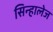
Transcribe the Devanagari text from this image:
सिन्हालेज